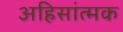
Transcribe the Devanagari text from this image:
अहिसांत्मक